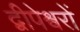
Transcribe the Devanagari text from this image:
द्वीपेश्वरों